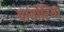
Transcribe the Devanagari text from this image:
पायोरिया